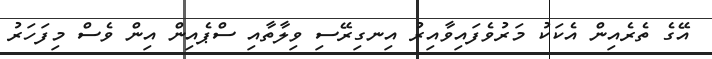
އޭގެ ތެރެއިން އެކަކު މަރުވެފައިވާއިރު އިނގިރޭސި ވިލާތާއި ސްޕެއިން އިން ވެސް މިފަހަރު